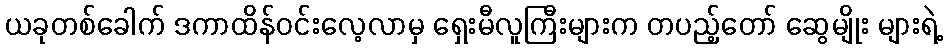
ယခုတစ်ခေါက် ဒကာထိန်ဝင်းလေ့လာမှ ရှေးမီလူကြီးများက တပည့်တော် ဆွေမျိုး များရဲ့